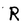
Character: R